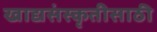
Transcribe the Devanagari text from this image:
खाद्यसंस्कृतीसाठी